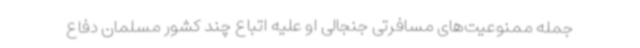
جمله ممنوعیت‌های مسافرتی جنجالی او علیه اتباع چند کشور مسلمان دفاع